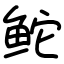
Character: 𬶍